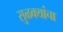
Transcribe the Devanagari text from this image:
सुळक्यांचा